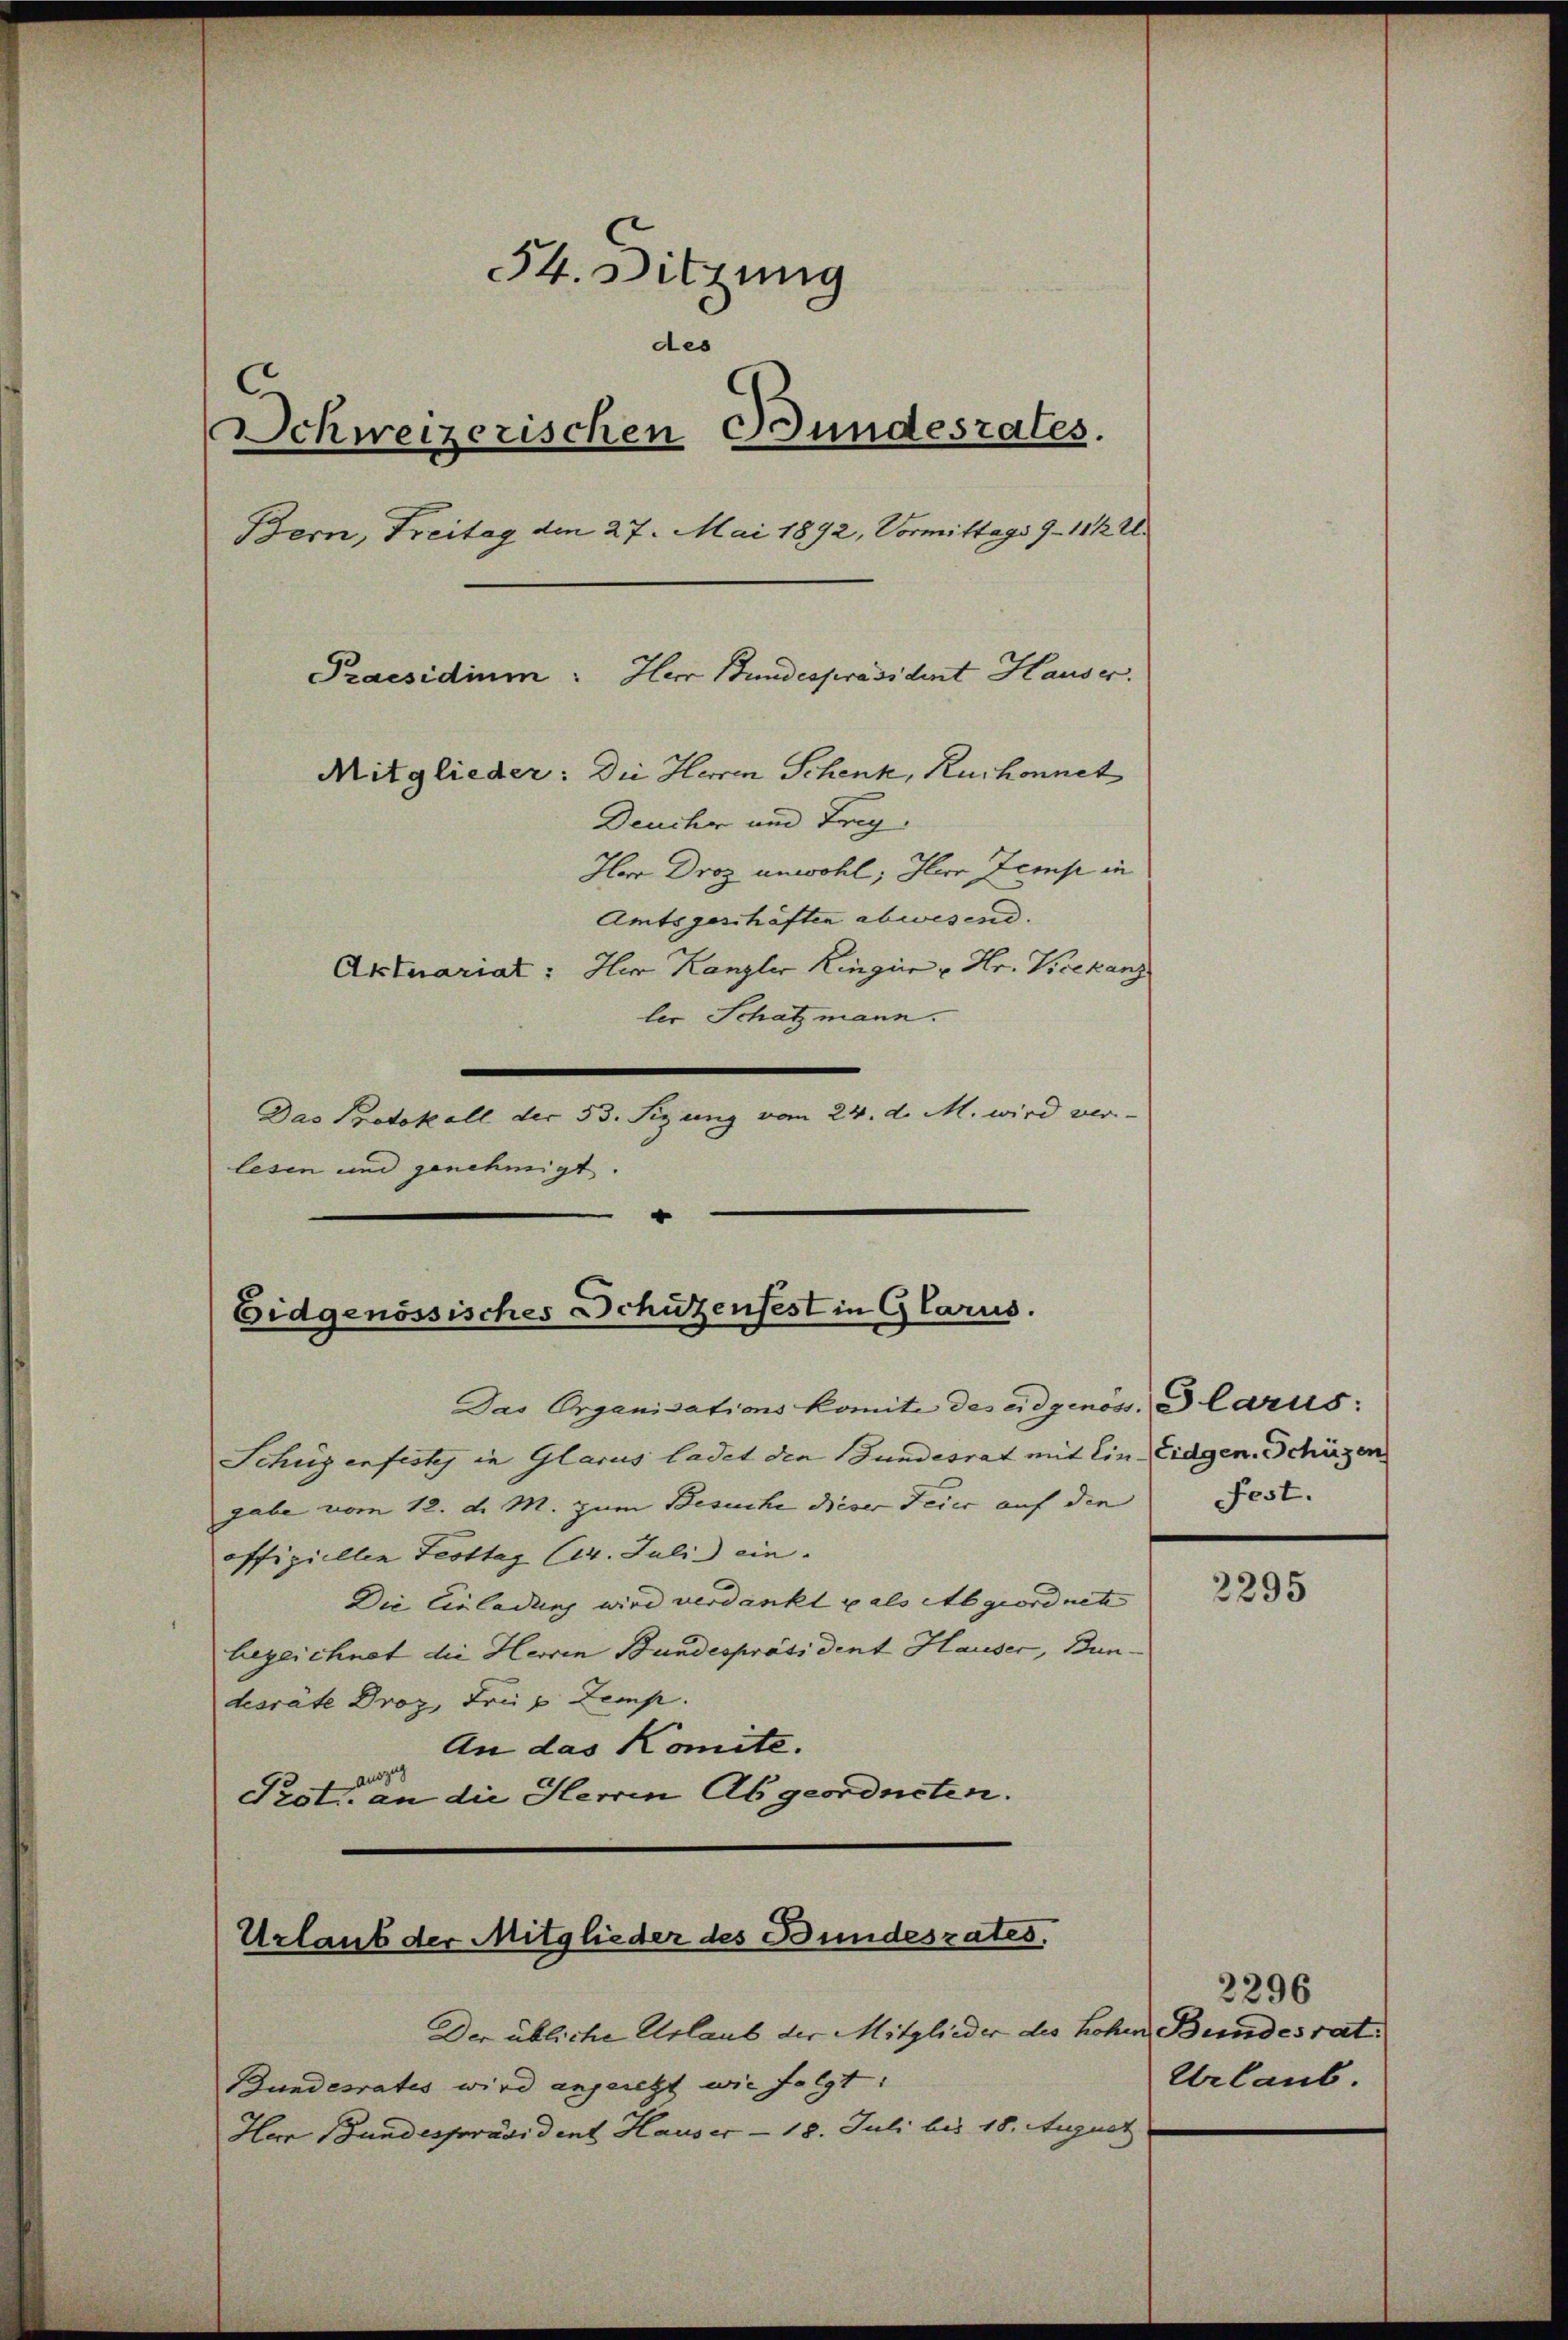
54. Sitzung
des
Schweizerischen Bundesrates.
Bern, Freitag den 27. Mai 1892, Vormittags 9 - 11/2.
Praesidium. Herr Bundespräsident Hauser.
Mitglieder: Die Herren Schenk, Ruchonnet

Deuche und Frag
Her Droz unwohl, Herr Zemp in
Amtsgeschäften abwesend.
Aktuariat: Her Kanzler Kingue u. Hr. Vicekanz
ler Schatzmann.
Das Protokoll der 53. Sizung vom 24. d. M. wird ver-
lesen und genehmigt.

Eidgenössisches Schutzenfest in Glarus.

Das Organisationskomite des eidgeno
Schüzenfestes in Glarus ladet den Bundesrat mit Ein Eidgen. Schäzen
gabe vom 12. d. M. zum Besuche dieser Feier auf die
offiziellen Festtag (14. Juli ein.
Die Einladung wird verdankt als Abgeordnete |
bezeichnet die Herren Bundespräsident Hauser, Bundesräte Droz, Freie Zemp.
An das Komite.
nozig
Prot. an die Herren Abgeordneten.

Urlaub der Mitglieder des Bundesrates.

Der übliche Urlaub der Mitglieder des hohen Bundesrat
Bundesrates wird angesetzt wie folgt:
Herr Bundespräsident Hauser - 18. Juli bis 18. August.

u. Glarus:
Fest.

2295

2296
Urlaub.